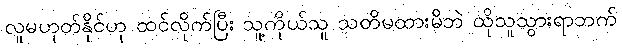
လူမဟုတ်နိုင်ဟု ထင်လိုက်ပြီး သူ့ကိုယ်သူ သတိမထားမိဘဲ ထိုသူသွားရာဘက်